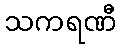
သကရဏီ